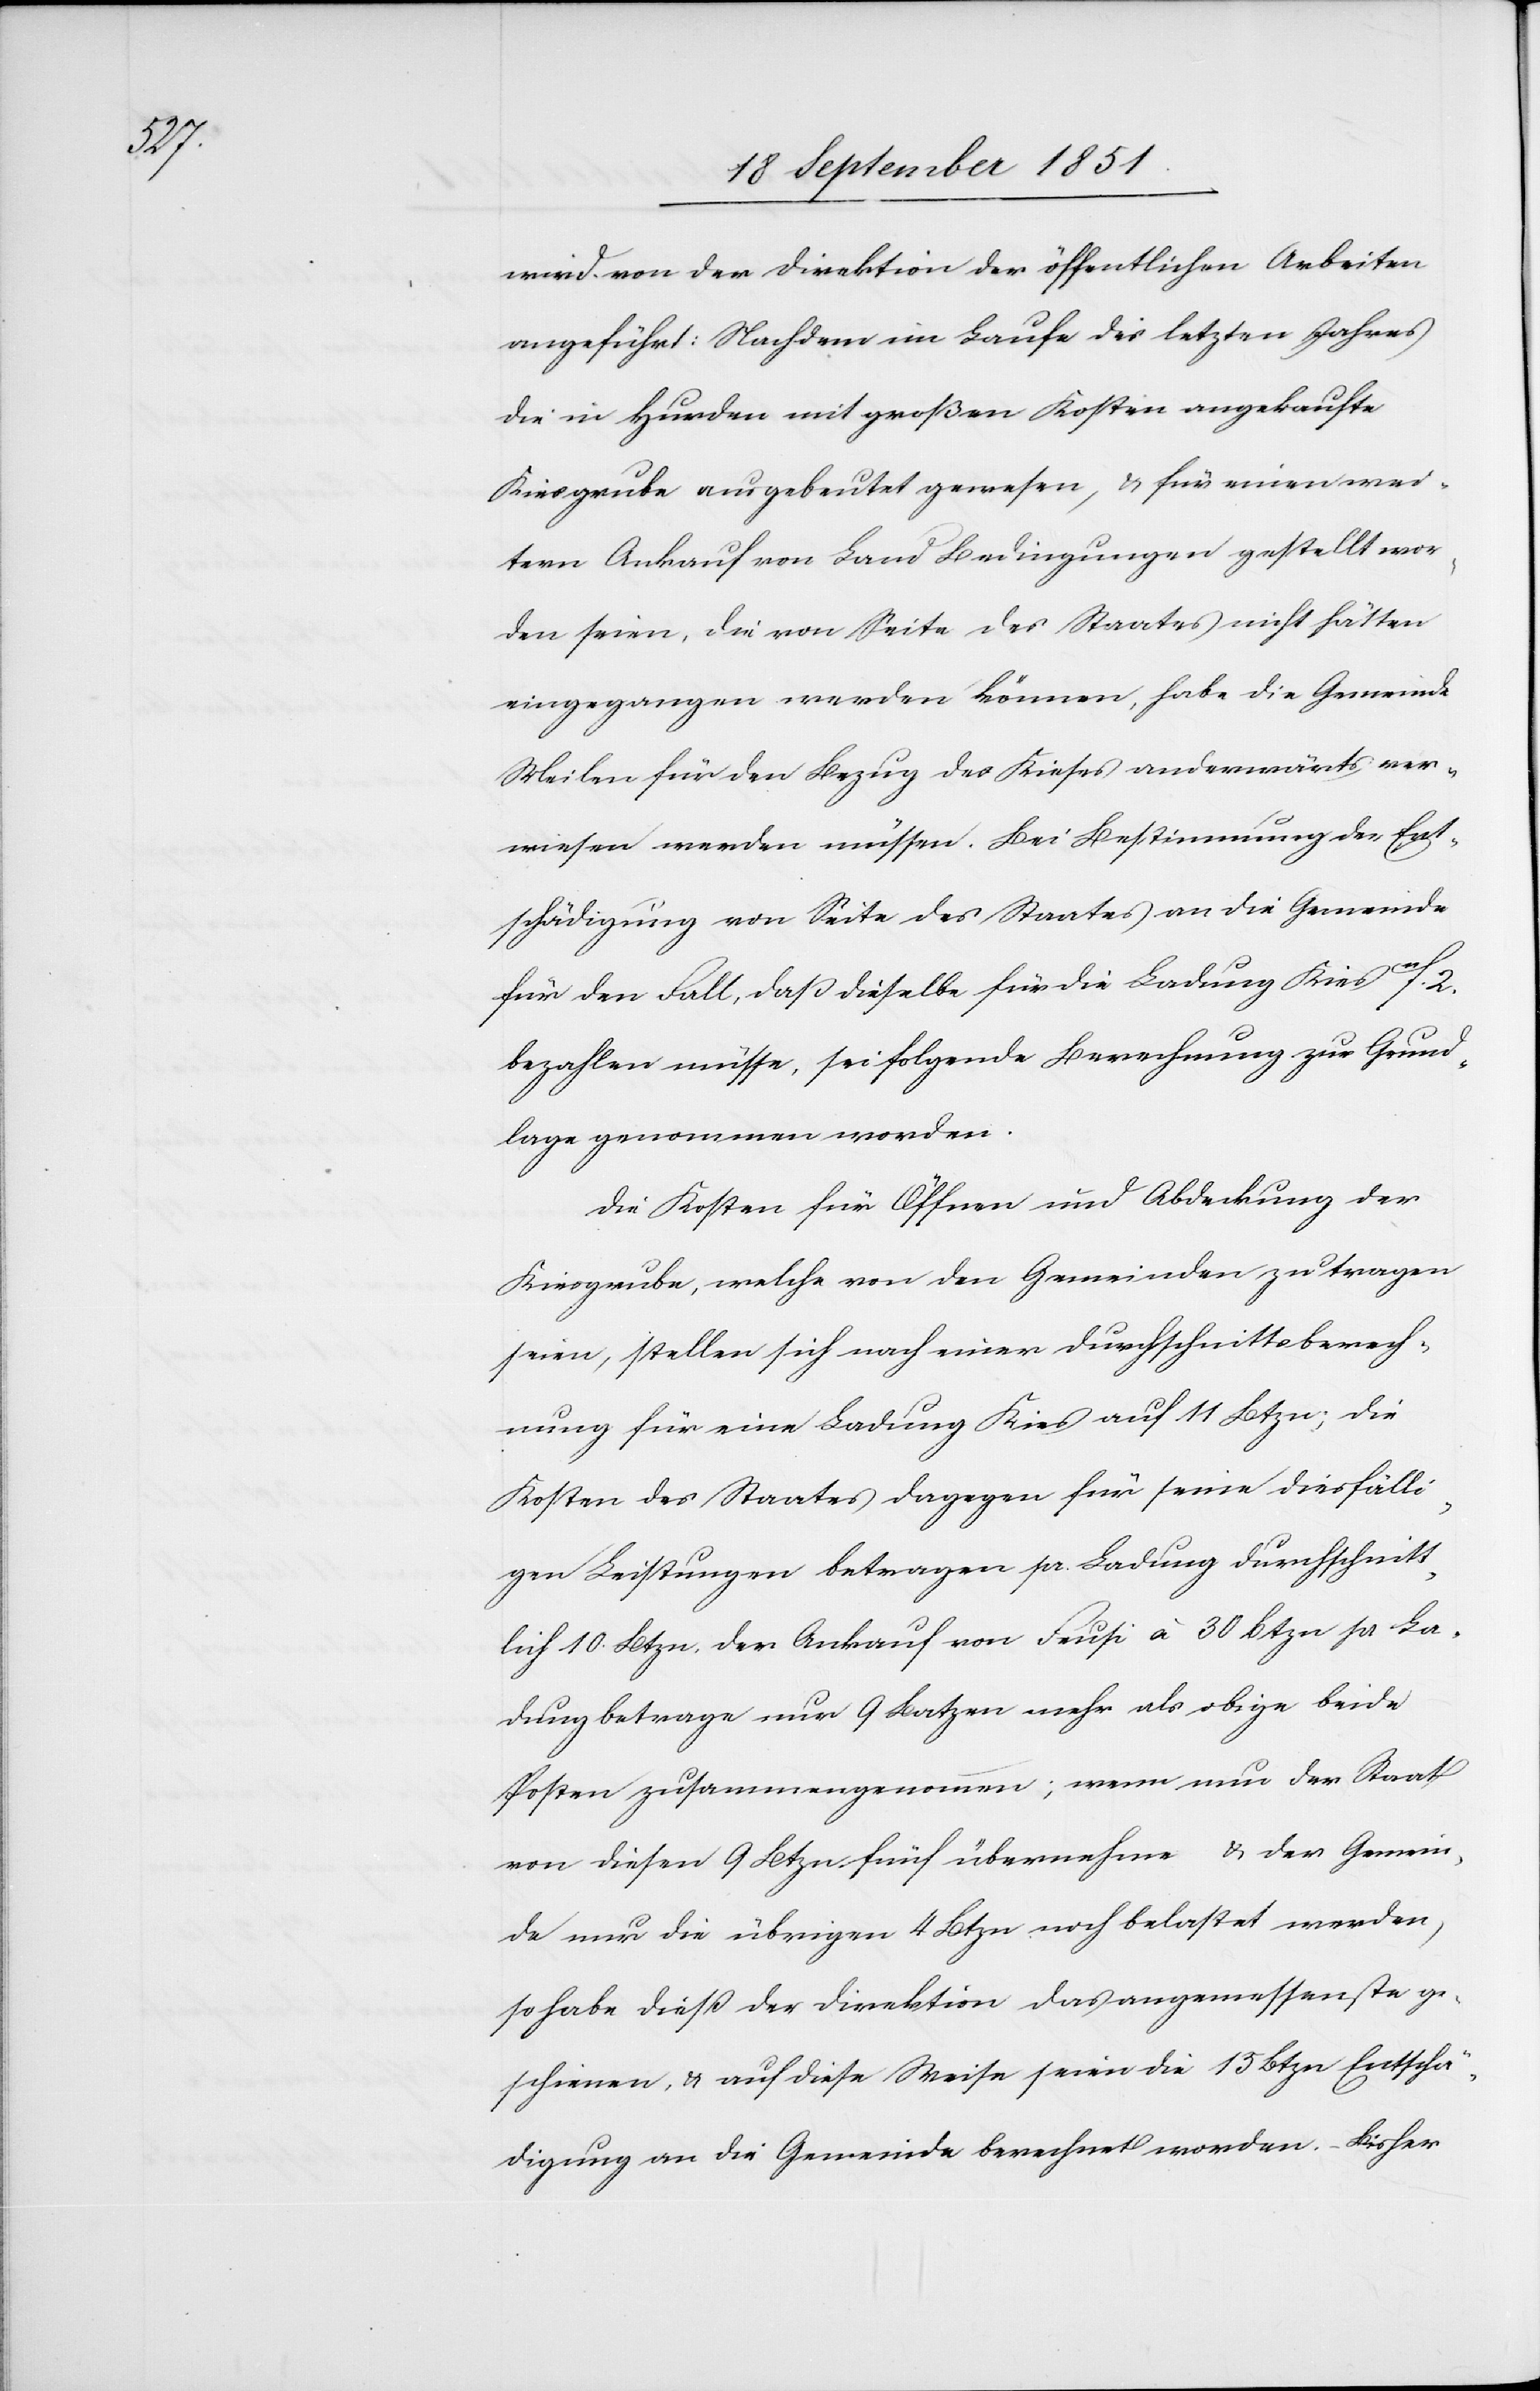
wird von der Direktion der öffentlichen Arbeiten
angeführt: Nachdem im Laufe des letzten Jahres
die in Hurden mit großen Kosten angekaufte
Kiesgrube ausgebeutet gewesen, & für einen wei¬
tern Ankauf von Land Bedingungen gestellt wor¬
den seien, die von Seite des Staates nicht hätten
eingegangen werden können, habe die Gemeinde
Meilen für den Bezug des Kieses anderwärts ver¬
wiesen werden müssen. Bei Bestimmung der Ent¬
schädigung von Seite des Staates an die Gemeinde
für den Fall, daß dieselbe für die Ladung Kies 11f. 2.
bezahlen müsse, sei folgende Berechnung zur Grund¬
lage genommen worden.
Die Kosten für Öffnen und Abdeckung der
Kiesgrube, welche von den Gemeinden zu tragen
seien, stellen sich nach einer Durchschnittsberech¬
nung für eine Ladung Kies auf 11 Btzn; die
Kosten des Staates dagegen für seine diesfälli¬
gen Leistungen betragen pr. Ladung durchschnitt¬
lich 10. Btzn, der Ankauf von Feusi à 30 Btzn pr La¬
dung betrage nur 9 Batzen mehr als obige beide
Posten zusammengenommen; wenn nun der Staat
von diesen 9 Btzn fünf übernehme & der Gemein¬
de nur die übrigen 4 Btzn noch belastet werden,
so habe dieß der Direktion das angemessenste ge¬
schienen, & auf diese Weise seien die 15 Btzn Entschä¬
digung an die Gemeinde berechnet worden. – Bisher